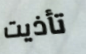
تأذيت